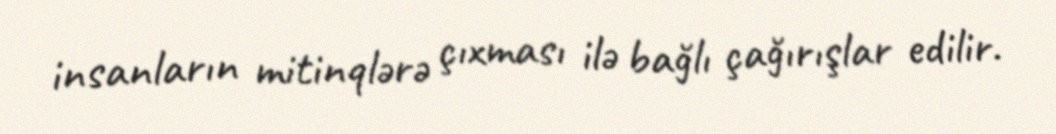
insanların mitinqlərə çıxması ilə bağlı çağırışlar edilir.